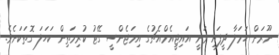
ނޫރަށް ހަމަލާ ދީފައި ވަނީ އައިޖީއެމްއެޗުގެ އިމަޖެންސީ ގޭޓު ކުރިމަތިން ކަހަލަ ގޮތަކަށެވެ.